Regulations for the medical services of the Army of India
Year: 1930
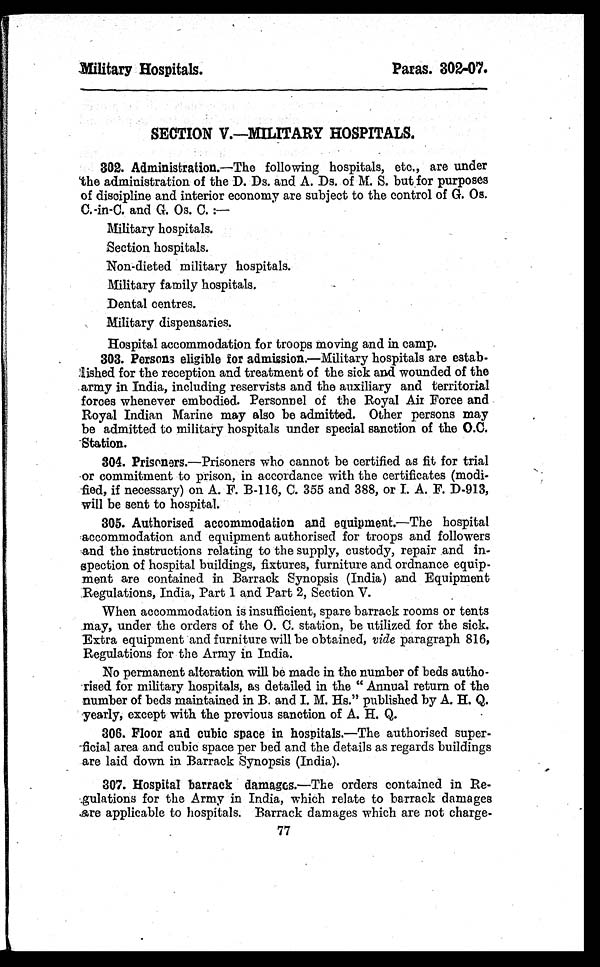
Military Hospitals.
Paras. 302– 07.
SECTION V.—MILITARY HOSPITALS.
302. Administration.—The following hospitals, etc., are under
the administration of the D. Ds. and A. Ds. of M. S. but for purposes
of discipline and interior economy are subject to the control of G. Os.
C.-in-C. and G. Os. C.:—
Military hospitals.
Section hospitals.
Non-dieted military hospitals
. M i l i t a r y f a m i l y h o s p i t a l s .
Dental centres.
Military dispensaries.
Hospital accommodation for troops moving and in camp.
3 0 3 . P e r s o n s e l i g i b l e f o r a d m i s s i o n .—Military hospitals are estab-
- l i s h e d f o r t h e r e c e p t i o n a n d t r e a t m e n t o f t h e s i c k a n d w o u n d e d o f t h e
army in India, including reservists and the auxiliary and territorial
forces whenever embodied. Personnel of the Royal Air Force and
Royal Indian Marine may also be admitted. Other persons may
be admitted to military hospitals under special sanction of the O.C.
Station.
3 0 4 . P r i s o n e r s .
—Prisoners who cannot be certified as fit for trial
or commitment to prison, in accordance with the certificates (modi--
fied, if necessary) on A. F. B-116, C. 355 and 388, or I. A. F. D-913,
will be sent to hospital.
3 0 5 . A u t h o r i s e d a c c o m m o d a t i o n a n d e q u i p m e n t .—
T h e h o s p i t a l
accommodation and equipment authorised for troops and followers
and the instructions relating to the supply, custody, repair and in--
spection of hospital buildings, fixtures, furniture and ordnance equip-
ment are contained in Barrack Synopsis (India) and Equipment
Regulations, India, Part 1 and Part 2, Section V.
When accommodation is insufficient, spare barrack rooms or tents
may, under the orders of the O. C. station, be utilized for the sick.
Extra equipment and furniture will be obtained, vide paragraph 816,
Regulations for the Army in India.
No permanent alteration will be made in the number of beds autho-
-rised for military hospitals, as detailed in the "Annual return of the
number of beds maintained in B. and I. M. Hs." published by A. H. Q.
yearly, except with the previous sanction of A. H. Q.
306. Floor and cubic space in hospitals. —The authorised super-
-ficial area and cubic space per bed and the details as regards buildings
are laid down in Barrack Synopsis (India).
307. Hospital barrack damages.—The orders contained in Re
-gulations for the Army in India, which relate to barrack damages
are applicable to hospitals. Barrack damages which are not charge-
77